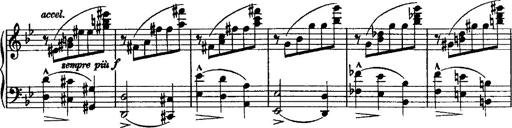
Title: Grande valse di bravura
Composer: Franz Liszt